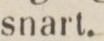
snart.